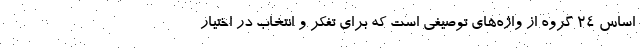
اساس ۲۴ گروه از واژه‌های توصیفی است که برای تفکر و انتخاب در اختیار